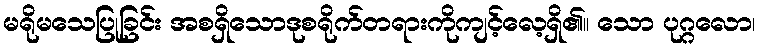
မရိုမသေပြုခြင်း အစရှိသောဒုစရိုက်တရားကိုကျင့်လေ့ရှိ၏။ သော ပုဂ္ဂလော၊